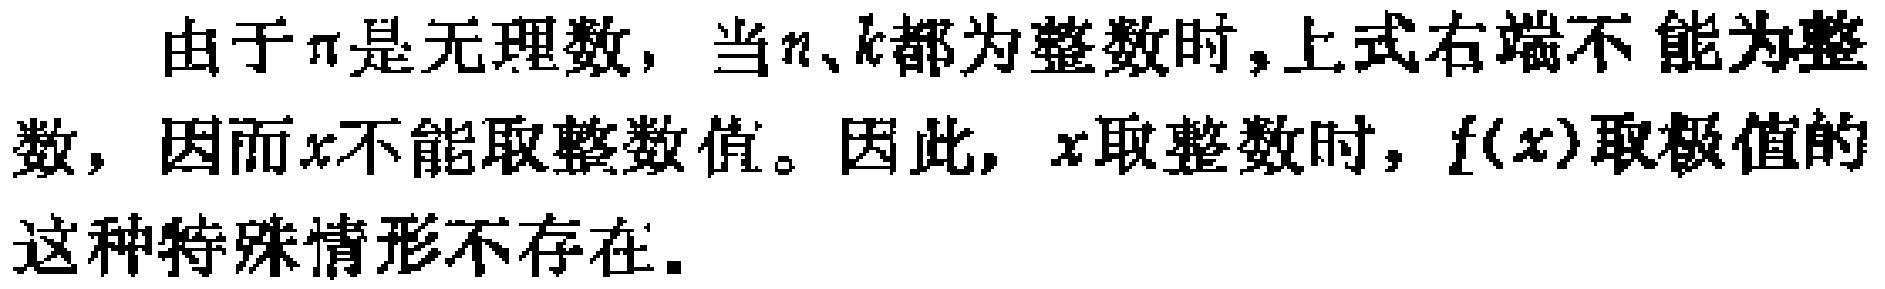
由于$\pi$是无理数，当$n$、$k$都为整数时,上式右端不能为整数，因而$x$不能取整数值。因此，$x$取整数时，$f(x)$取极值的这种特殊情形不存在。